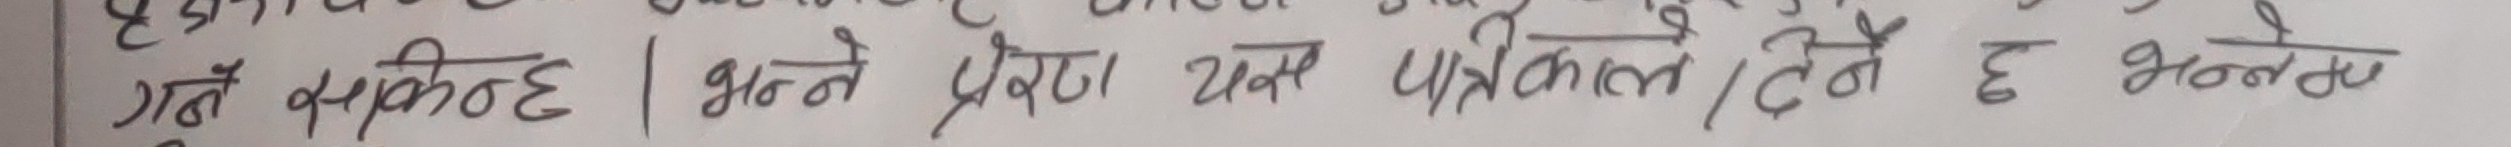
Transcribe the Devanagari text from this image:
गर्न सकिन्छ । भने प्रेरण यस पत्रिकाले दिने छ भन्नुभयो